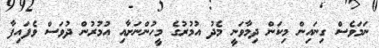
ނަމަވެސް ގިނައިން މިކަން ދިމާވަނީ މެދު އުމުރުގެ މީހުންނަށާއި އުމުރުން ދުވަސް ވެފައިފާ